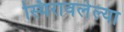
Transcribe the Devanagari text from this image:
स्थिरावलेल्या